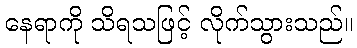
နေရာကို သိရသဖြင့် လိုက်သွားသည်။